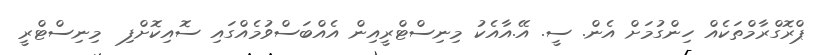
ޕްރޮގްރާމްތަކެއް ހިންގުމަށް އެން. ސީ. އޭ.އާއެކު މިނިސްޓްރީއިން އެއްބަސްވުމެއްގައި ސޮއިކޮށްފި  މިނިސްޓްރީ